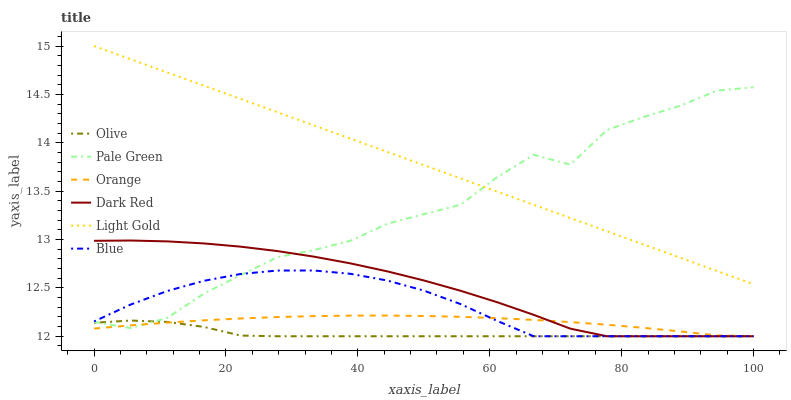
| xaxis_label | Olive | Pale Green | Orange | Dark Red | Light Gold | Blue |
 | --- | --- | --- | --- | --- | --- | --- |
 | 0 | 12.1 | 12.1 | 12.1 | 13 | 15 | 12.2 |
 | 5.56 | 12.2 | 12.1 | 12.1 | 13 | 14.9 | 12.3 |
 | 11.1 | 12.1 | 12.2 | 12.1 | 13 | 14.7 | 12.5 |
 | 16.7 | 12.1 | 12.4 | 12.2 | 13 | 14.6 | 12.6 |
 | 22.2 | 12 | 12.6 | 12.2 | 12.9 | 14.5 | 12.6 |
 | 27.8 | 12 | 12.8 | 12.2 | 12.9 | 14.3 | 12.7 |
 | 33.3 | 12 | 12.9 | 12.2 | 12.8 | 14.2 | 12.7 |
 | 38.9 | 12 | 13 | 12.2 | 12.8 | 14 | 12.6 |
 | 44.4 | 12 | 13.2 | 12.2 | 12.7 | 13.9 | 12.6 |
 | 50 | 12 | 13.3 | 12.2 | 12.6 | 13.8 | 12.5 |
 | 55.6 | 12 | 13.4 | 12.2 | 12.5 | 13.6 | 12.3 |
 | 61.1 | 12 | 13.6 | 12.2 | 12.4 | 13.5 | 12.2 |
 | 66.7 | 12 | 13.9 | 12.2 | 12.2 | 13.4 | 12 |
 | 72.2 | 12 | 13.8 | 12.1 | 12.1 | 13.2 | 12 |
 | 77.8 | 12 | 14.1 | 12.1 | 12 | 13.1 | 12 |
 | 83.3 | 12 | 14.3 | 12.1 | 12 | 12.9 | 12 |
 | 88.9 | 12 | 14.4 | 12.1 | 12 | 12.8 | 12 |
 | 94.4 | 12 | 14.5 | 12 | 12 | 12.7 | 12 |
 | 100 | 12 | 14.6 | 12 | 12 | 12.5 | 12 |